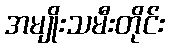
အမျိုးသမီးတိုင်း